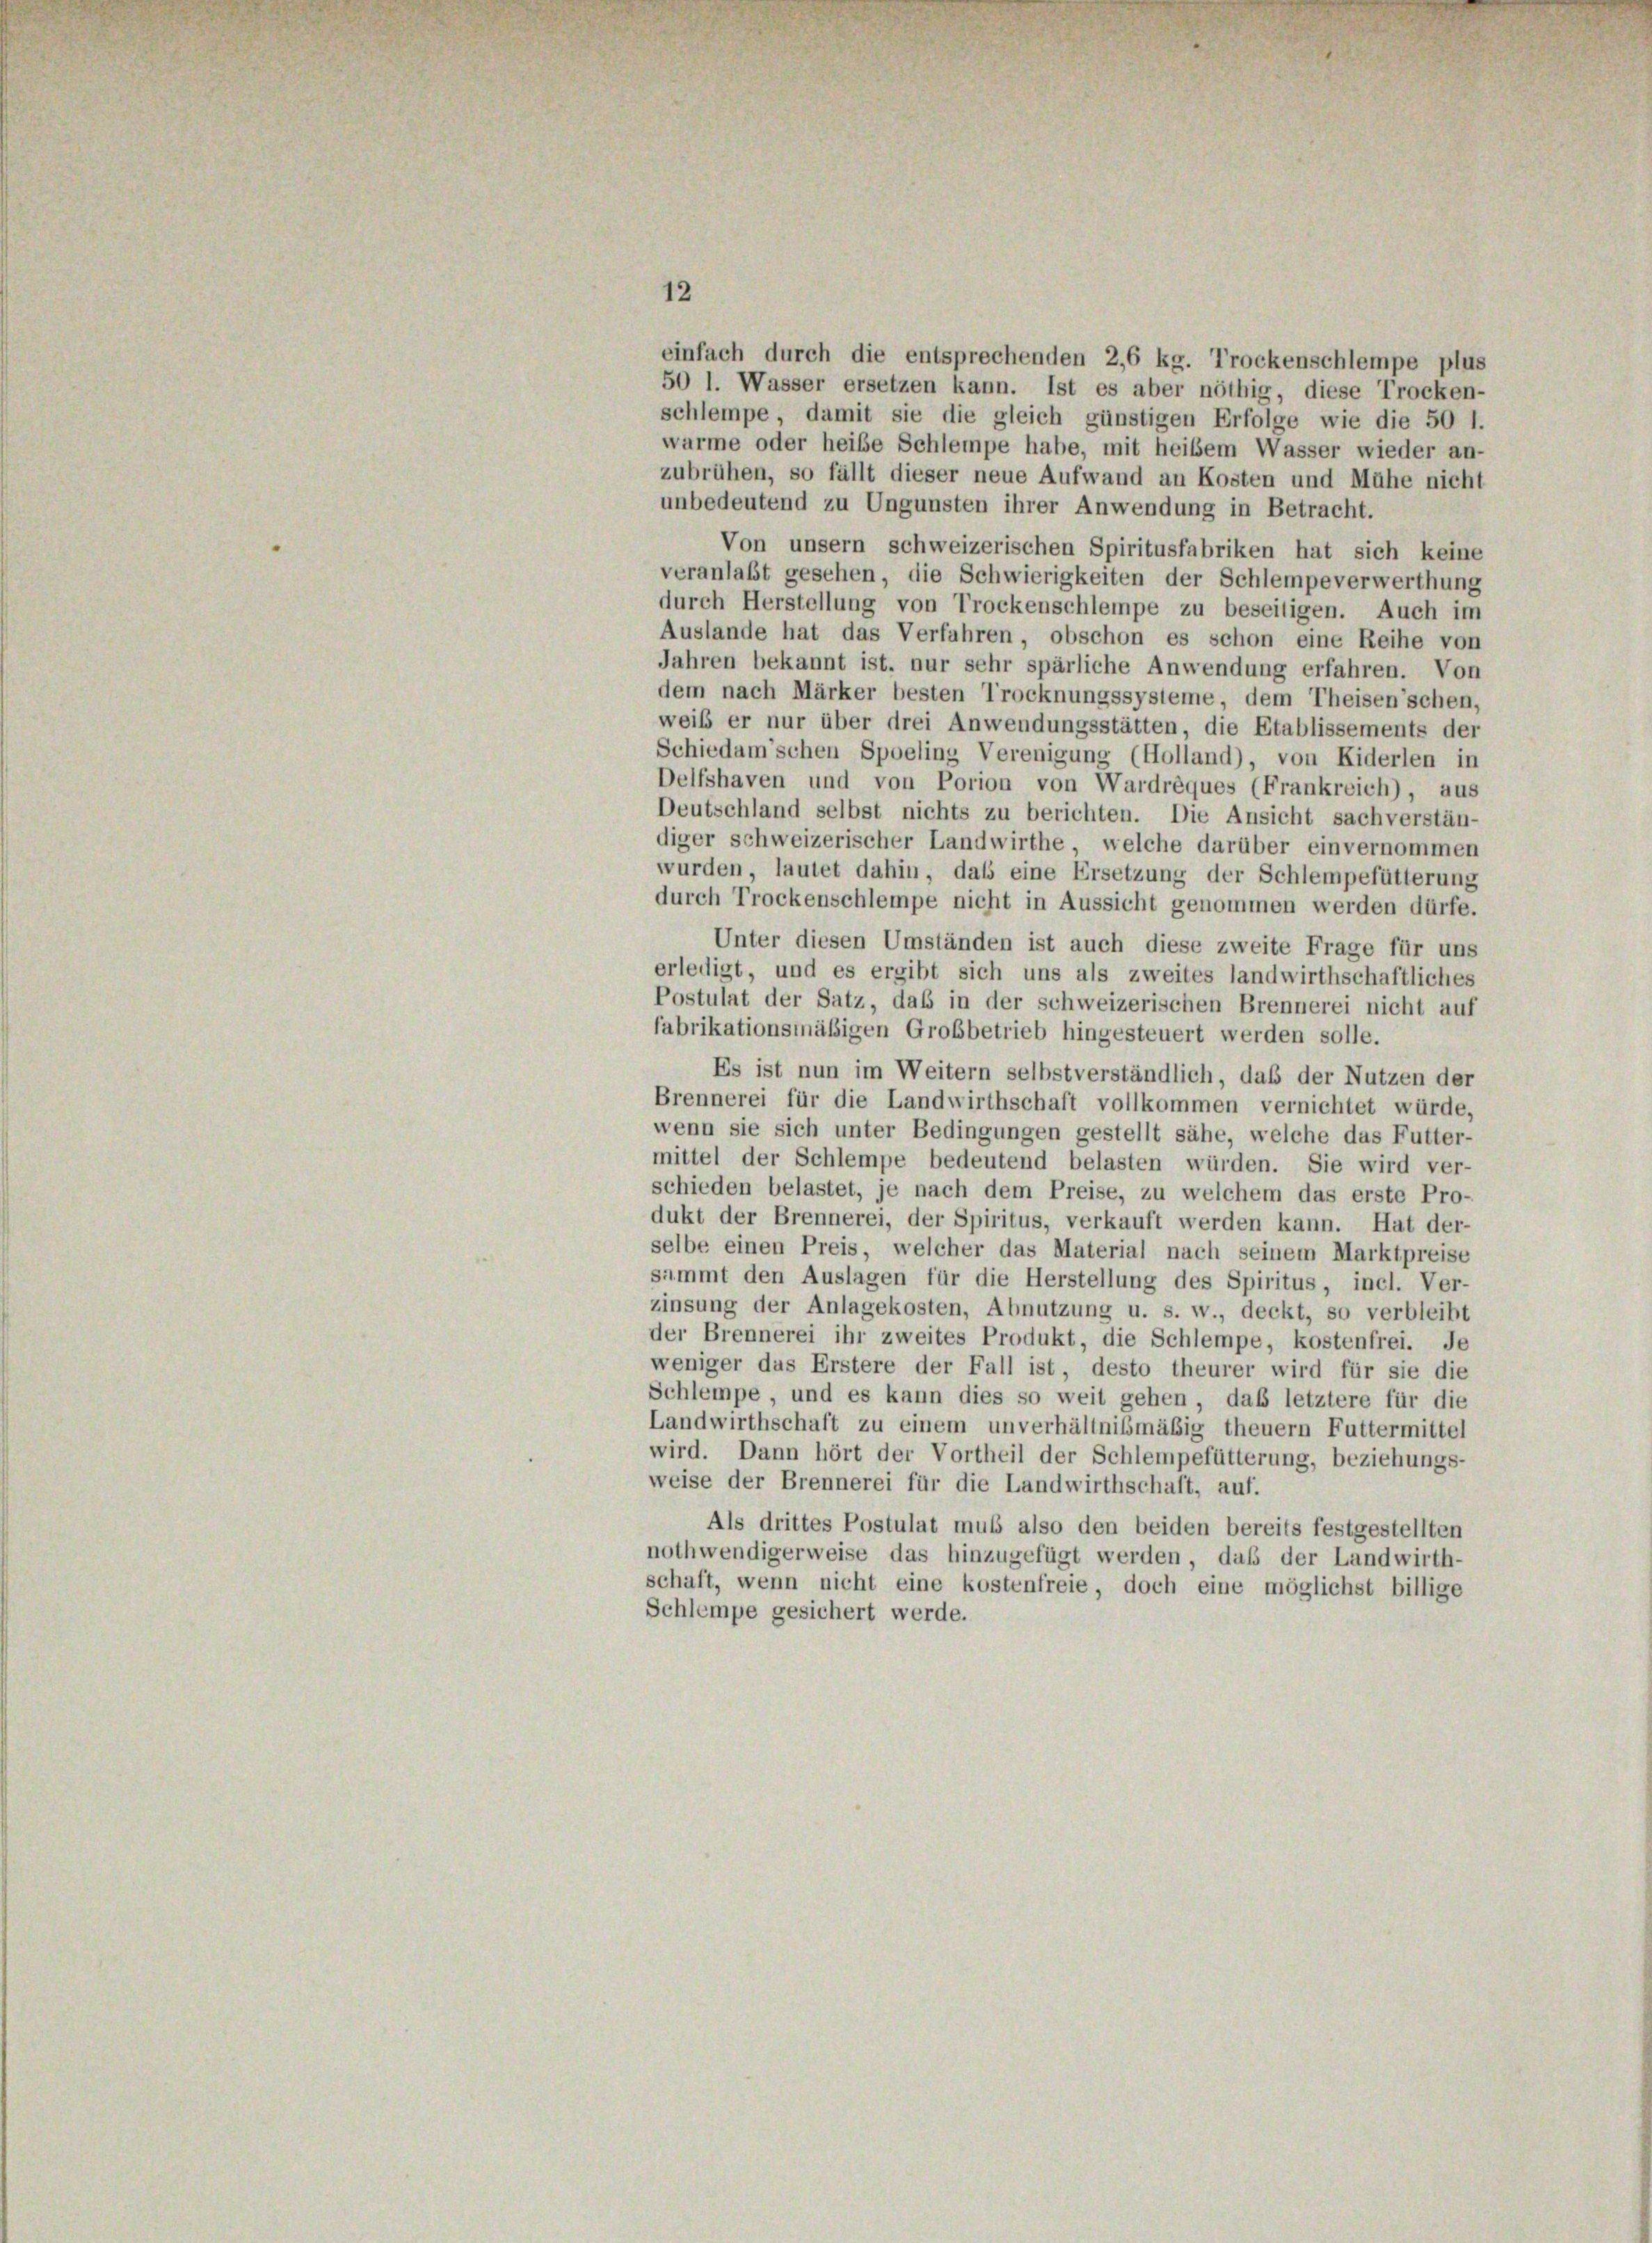
erledigt, und es ergibt sich uns als zweites landwirthschaftliches
Postulat der Satz, daß in der schweizerischen Brennerei nicht auf
fabrikationsmäßigen Grobbetrieb hingesteuert werden solle.
Es ist nun im Weitern selbstverständlich, daß der Nutzen der
Brennerei für die Landwirthschaft vollkommen vernichtet würde,
wenn sie sich unter Bedingungen gestellt sähe, welche das Futter-
mittel der Schlempe bedeutend belasten würden. Sie wird ver-
schieden belastet, je nach dem Preise, zu welchem das erste Pro-
dukt der Brennerei, der Spiritus, verkauft werden kann. Hat der-
selbe einen Preis, welcher das Material nach seinem Marktpreise
sammt den Auslagen für die Herstellung des Spiritus, incl. Ver-
zinsung der Anlagekosten, Abnutzung u. s. w., deckt, so verbleibt
der Brennerei ihr zweites Produkt, die Schlempe, kostenfrei. Je
weniger das Erstere der Fall ist, desto theurer wird für sie die
Schlempe und es kann dies so weit gehen, daß letztere für die
Landwirthschaft zu einem unverhältnißmäßig theuern Futtermittel
wird. Dann hört der Vortheil der Schlempefütterung, beziehungs-
weise der Brennerei für die Landwirthschaft, auf.
Als drittes Postulat muß also den beiden bereits festgestellten
nothwendigerweise das hinzugefügt werden, daß der Landwirth-
schaft, wenn nicht eine kostenfreie, doch eine möglichst billige
Schlempe gesichert werde.

einfach durch die entsprechenden 2,6 kg. Trockenschlempe plus
50 l. Wasser ersetzen kann. Ist es aber nöthig, diese Trocken-
schlempe, damit sie die gleich günstigen Erfolge wie die 50 l.
warme oder heibe Schlempe habe, mit heißem Wasser wieder an-
zubrühen, so fällt dieser neue Aufwand an Kosten und Mühe nicht
unbedeutend zu Ungunsten ihrer Anwendung in Betracht.
Von unsern schweizerischen Spiritusfabriken hat sich keine
veranlaßt gesehen, die Schwierigkeiten der Schlempeverwerthung
durch Herstellung von Trockenschlempe zu beseitigen. Auch im
Auslande hat das Verfahren, obschon es schon eine Reihe von
Jahren bekannt ist, nur sehr spärliche Anwendung erfahren. Von
dem nach Märker besten Trocknungssysteme, dem Theisen’schen,
weib er nur über drei Anwendungsstätten, die Etablissements der
Schiedam’schen Spoeling Verenigung (Holland), von Kiderlen in
Delfshaven und von Porion von Wardrèques (Frankreich), aus
Deutschland selbst nichts zu berichten. Die Ansicht sachverstän-
diger schweizerischer Landwirthe, welche darüber einvernommen
wurden, lautet dahin, dass eine Ersetzung der Schlempefütterung
durch Trockenschlempe nicht in Aussicht genommen werden dürfe.
Unter diesen Umständen ist auch diese zweite Frage für uns